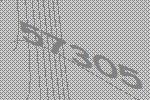
57305